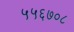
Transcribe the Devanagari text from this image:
५५६७०८